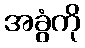
အခွံကို